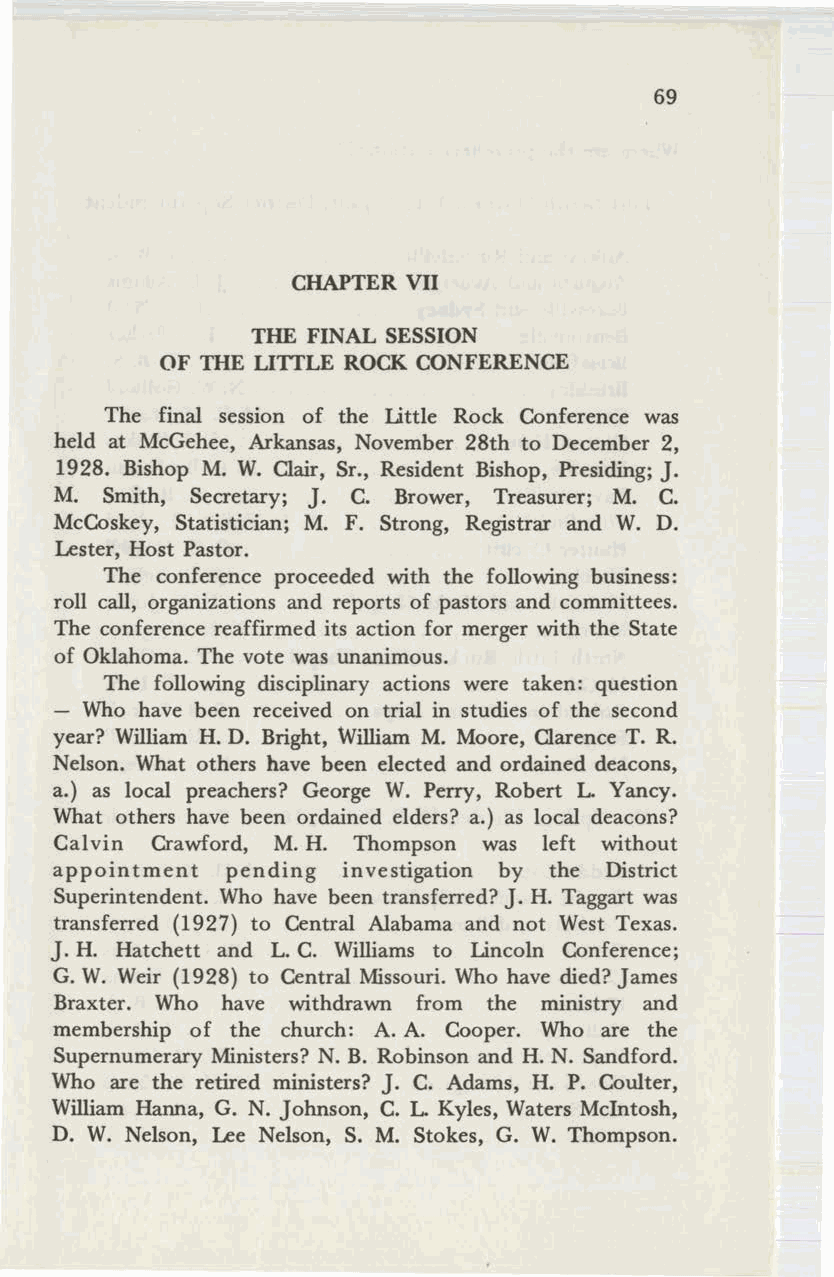
69
 CHAPTER VII
 THE FINAL SESSION
 OF THE LITTLE ROCK CONFERENCE
 The final session of the Little Rock Conference was
 held at McGehee, Arkansas, November 28th to December 2,
 1928. Bishop M. W. Clair, Sr., Resident Bishop, Presiding; J.
 M. Smith, Secretary; J. C. Brower, Treasurer; M. C.
 McCoskey, Statistician; M. F. Strong, Registrar and W. D.
 Lester, Host Pastor.
 The conference proceeded with the following business:
 roll call, organizations and reports of pastors and committees.
 The conference reaffirmed its action for merger with the State
 of Oklahoma. The vote was unanimous.
 The following disciplinary actions were taken: question
 - Who have been received on trial in studies of the second
 year? William H. D. Bright, William M. Moore, Clarence T. R.
 Nelson. What others have been elected and ordained deacons,
 a.) as local preachers? George W. Perry, Robert L. Yancy.
 What others have been ordained elders? a.) as local deacons?
 Calvin Crawford, M. H. Thompson was left without
 appointment pending investigation by the District
 Superintendent. Who have been transferred? J. H. Taggart was
 transferred (1927) to Central Alabama and not West Texas.
 J. H. Hatchett and L. C. Williams to Lincoln Conference;
 G. W. Weir (1928) to Central Missouri. Who have died? James
 Braxter. Who have withdrawn from the ministry and
 membership of the church: A. A. Cooper. Who are the
 Supernumerary Ministers? N. B. Robinson and H. N. Sandford.
 Who are the retired ministers? J. C. Adams, H. P. Coulter,
 William Hanna, G. N. Johnson, C. L. Kyles, Waters McIntosh,
 D. W. Nelson, Lee Nelson, S. M. Stokes, G. W. Thompson.